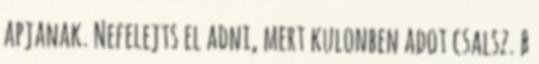
apjanak. Nefelejts el adni, mert kulonben adot csalsz. b